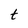
Character: t